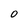
Character: 0